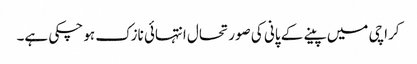
کراچی میں پینے کے پانی کی صورتحال انتہائی نازک ہو چکی ہے۔